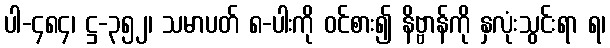
ပါ-၄၈၄၊ ဋ္ဌ-၃၅၂၊ သမာပတ် ၈-ပါးကို ဝင်စား၍ နိဗ္ဗာန်ကို နှလုံးသွင်းရာ ရ၊